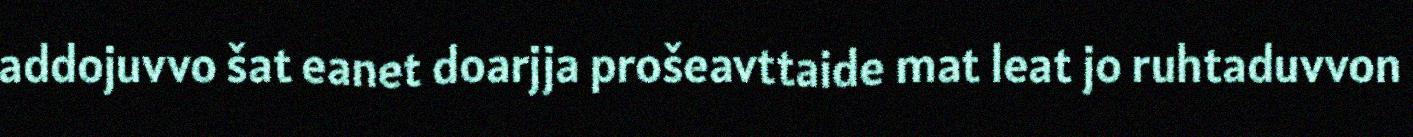
addojuvvo šat eanet doarjja prošeavttaide mat leat jo ruhtaduvvon